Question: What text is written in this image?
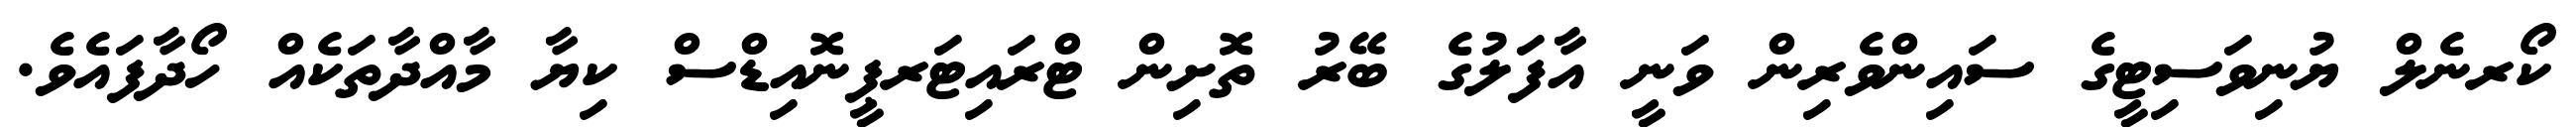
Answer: ކޯރނެލް ޔުނިވަސިޓީގެ ސައިންވެރިން ވަނީ އާފަލުގެ ބޭރު ތޮށިން ޓްރައިޓަރޕީނޮއިޑްސް ކިޔާ މާއްދާތަކެއް ހޯދާފައެވެ.